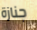
جنازة